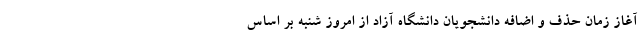
آغاز زمان حذف و اضافه دانشجویان دانشگاه آزاد از امروز شنبه بر اساس